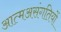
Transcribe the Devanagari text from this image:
आत्मअसंगतियों